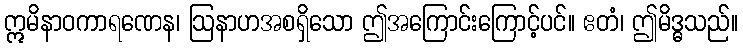
ဣမိနာဝကာရဏေန၊ ဩနာဟအစရှိသော ဤအကြောင်းကြောင့်ပင်။ ဧတံ၊ ဤမိဒ္ဓသည်။